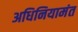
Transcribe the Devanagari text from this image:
अधिनियामंत